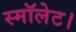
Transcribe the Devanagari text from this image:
स्मॉलेट।